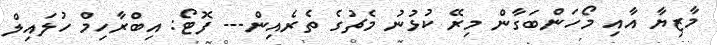
މާޒިޔާ އާއި މޯހަންބަގާން މިރޭ ކުޅުނު މެޗުގެ ތެރެއިން--- ފޮޓޯ: އިބްރާހިމް ހުލައިލް